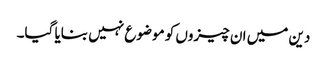
دین میں ان چیزوں کو موضوع نہیں بنایا گیا۔